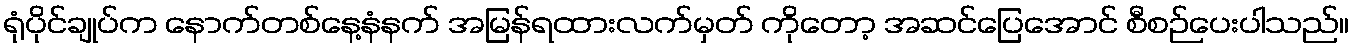
ရုံပိုင်ချုပ်က နောက်တစ်နေ့နံနက် အမြန်ရထားလက်မှတ် ကိုတော့ အဆင်ပြေအောင် စီစဉ်ပေးပါသည်။